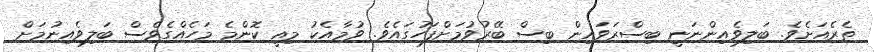
ތެރެއަށެވެ. ބަލިވެއިންނަނީ ބިސްރަވައިން ބިސް ބޭރުވުމަށްފަހުގައެވެ. ވުމާއެކު މިއީ ކޮންމެ މަހެއްގެވެސް ބަލިވެއިނުމަށް